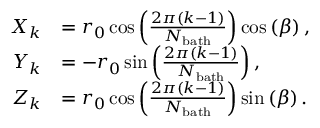
\begin{array} { r l } { X _ { k } } & { = r _ { 0 } \cos \left( \frac { 2 \pi ( k - 1 ) } { N _ { \mathrm { b a t h } } } \right) \cos \left( \beta \right) , } \\ { Y _ { k } } & { = - r _ { 0 } \sin \left( \frac { 2 \pi ( k - 1 ) } { N _ { \mathrm { b a t h } } } \right) , } \\ { Z _ { k } } & { = r _ { 0 } \cos \left( \frac { 2 \pi ( k - 1 ) } { N _ { \mathrm { b a t h } } } \right) \sin \left( \beta \right) . } \end{array}